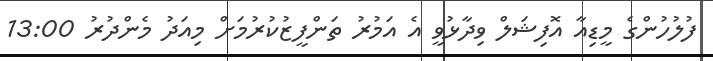
ފުލުހުންގެ މީޑިއާ އޮފިޝަލް ވިދާޅުވީ އެ އަމުރު ތަންފީޒުކުރުމަށް މިއަދު މެންދުރު 13:00